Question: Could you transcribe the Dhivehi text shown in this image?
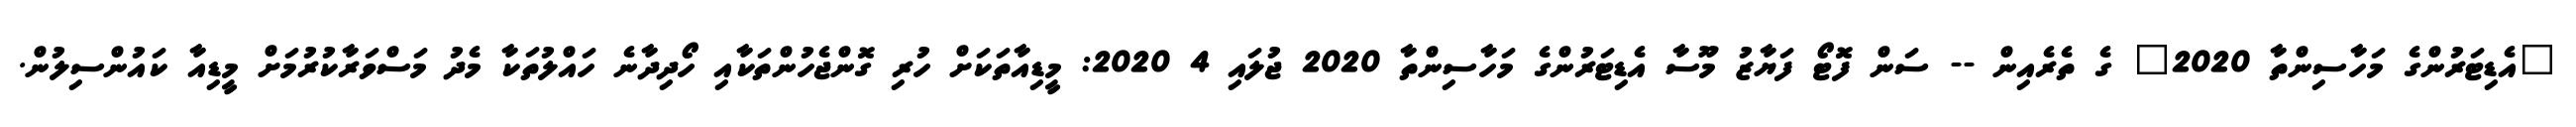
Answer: "އެޑިޓަރުންގެ މަހާސިންތާ 2020" ގެ ތެރެއިން -- ސަން ފޮޓޯ ފަޔާޒު މޫސާ އެޑިޓަރުންގެ މަހާސިންތާ 2020 ޖުލައި 4 2020: މީޑިއާތަކަށް ހުރި ގޮންޖެހުންތަކާއި ހޯދިދާނެ ހައްލުތަކާ މެދު މަސްވަރާކުރުމަށް މީޑިއާ ކައުންސިލުން.